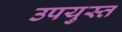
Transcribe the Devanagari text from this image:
उपयुस्त